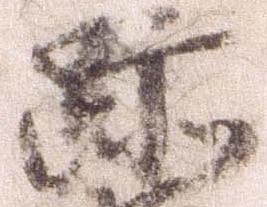
跡